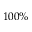
1 0 0 \%